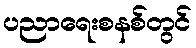
ပညာရေးစနစ်တွင်